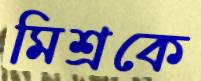
মিশ্রকে